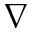
\nabla